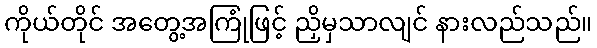
ကိုယ်တိုင် အတွေ့အကြုံဖြင့် ညှိမှသာလျင် နားလည်သည်။